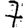
Digit: 7